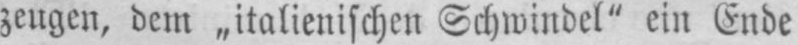
zeugen, dem „italienischen Schwindel“ ein Ende